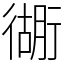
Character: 衚